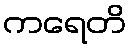
ကရေတိ